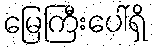
မြေကြီးပေါ်ရှိ